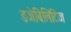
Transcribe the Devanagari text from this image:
डजेबिलिटिज